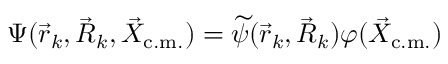
\Psi ( \vec { r } _ { k } , \vec { R } _ { k } , \vec { X } _ { \mathrm { c . m . } } ) = \widetilde { \psi } ( \vec { r } _ { k } , \vec { R } _ { k } ) \varphi ( \vec { X } _ { \mathrm { c . m . } } )